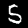
Digit: 5